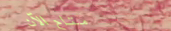
متاح الآن